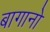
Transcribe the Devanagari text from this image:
बागानो